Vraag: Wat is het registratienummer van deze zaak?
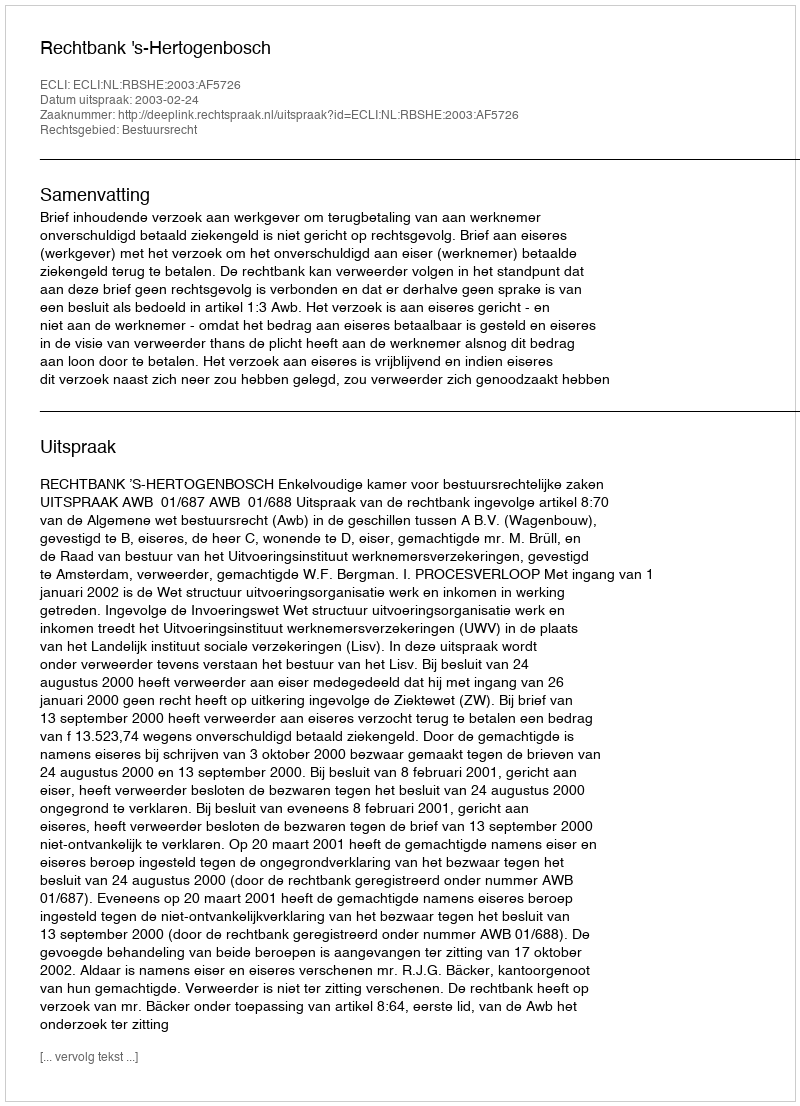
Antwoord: http://deeplink.rechtspraak.nl/uitspraak?id=ECLI:NL:RBSHE:2003:AF5726